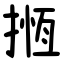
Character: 揯